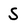
Character: S